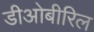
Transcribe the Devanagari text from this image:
डीओबीरिल